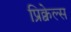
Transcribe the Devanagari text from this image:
प्रिक्वेल्स